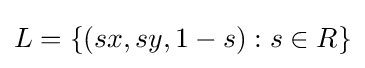
L=\{(sx,sy,1-s):s\in R\}